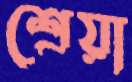
শ্রেয়া